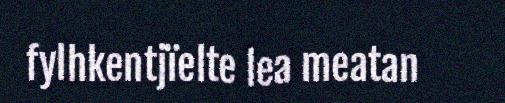
fylhkentjïelte lea meatan